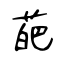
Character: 葩